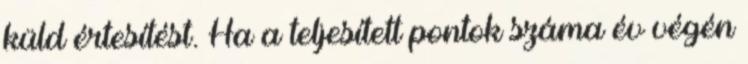
küld értesítést. Ha a teljesített pontok száma év végén